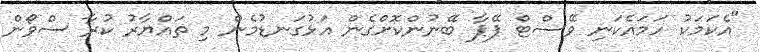
"އެކަމަކު ހަމައެކަނި ވޭސްޓް ޕޭޕާ ބޭނުންކޮށްގެން އަޅުގަނޑުމެން މި ތައްޔާރު ކުރާ ސްވޯން